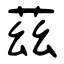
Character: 茲